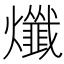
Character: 𤒯